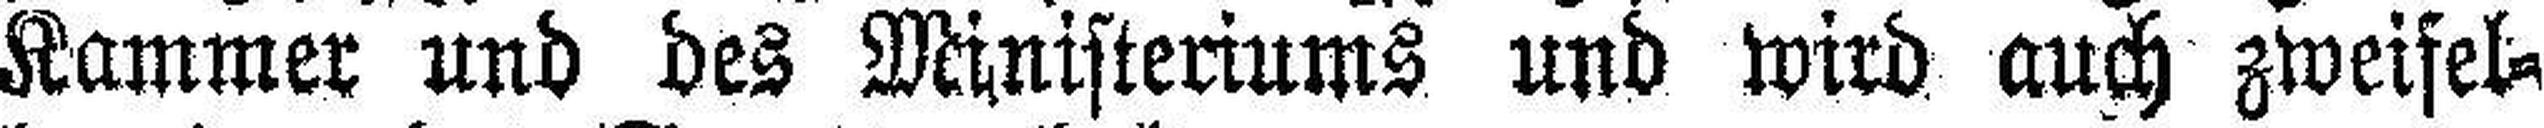
Kammer und des Ministeriums und wird auch zweifel¬